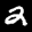
Label: 2